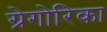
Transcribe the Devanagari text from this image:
ग्रेगोरिका